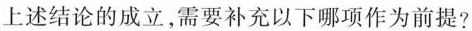
上述结论的成立，需要补充以下哪项作为前提?